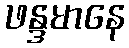
ဖန္ဒမာနေ